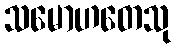
သမောဟတေသု